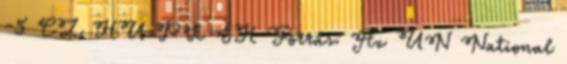
-5 CZ HU PL SK Forrás: Az UN National